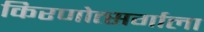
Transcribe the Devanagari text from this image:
किरणोत्सर्गाला